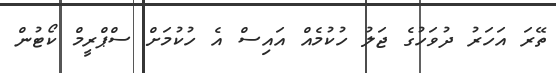
ތޭރަ އަހަރު ދުވަހުގެ ޖަލު ހުކުމެއް އައިސް އެ ހުކުމަަށް ސްޕްރީމް ކޯޓުން